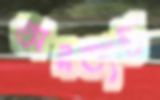
অনভ্যস্ত